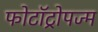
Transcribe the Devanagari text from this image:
फोटॉट्रोपज्म